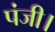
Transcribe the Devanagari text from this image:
पंजी।